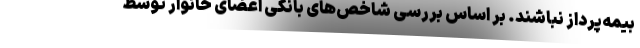
بیمه‌پرداز نباشند. بر اساس بررسی شاخص‌های بانکی اعضای خانوار توسط